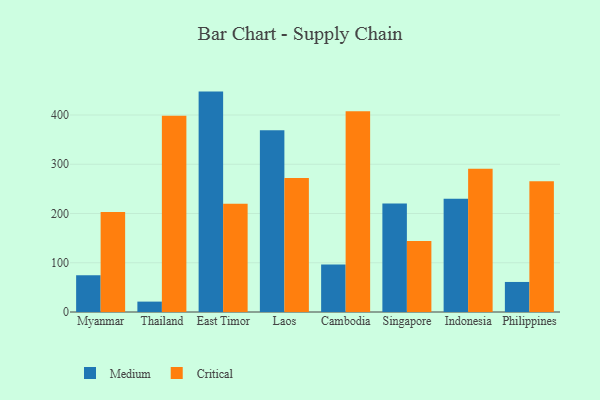
{"axis": {"x": "Country", "y": "Net Income (USD K)"}, "legend": ["Critical", "Medium"], "data": [{"x": "Myanmar", "y": 74.5, "type": "Medium"}, {"x": "Myanmar", "y": 203.0, "type": "Critical"}, {"x": "Thailand", "y": 21.1, "type": "Medium"}, {"x": "Thailand", "y": 398.3, "type": "Critical"}, {"x": "East Timor", "y": 447.5, "type": "Medium"}, {"x": "East Timor", "y": 220.0, "type": "Critical"}, {"x": "Laos", "y": 369.1, "type": "Medium"}, {"x": "Laos", "y": 272.3, "type": "Critical"}, {"x": "Cambodia", "y": 96.2, "type": "Medium"}, {"x": "Cambodia", "y": 407.7, "type": "Critical"}, {"x": "Singapore", "y": 220.5, "type": "Medium"}, {"x": "Singapore", "y": 144.1, "type": "Critical"}, {"x": "Indonesia", "y": 229.7, "type": "Medium"}, {"x": "Indonesia", "y": 291.1, "type": "Critical"}, {"x": "Philippines", "y": 61.0, "type": "Medium"}, {"x": "Philippines", "y": 265.3, "type": "Critical"}]}